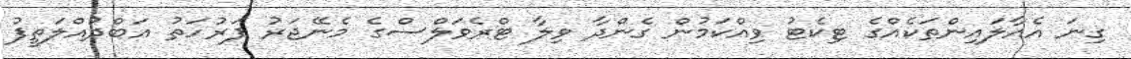
ގިނަ އެއާލައިންތަކެއްގެ ޓިކެޓު ވިއްކަމުން ގެންދާ ވިލާ ޓްރެވަލްސްގެ މެނޭޖަރު ފަރުހަތު އަބްދުއްލަތީފު